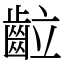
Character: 䶘